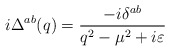
\begin{align*}i\Delta ^{ab}(q)=\frac{-i\delta ^{ab}}{q^2-\mu ^2+i\varepsilon }\end{align*}